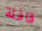
قافلة